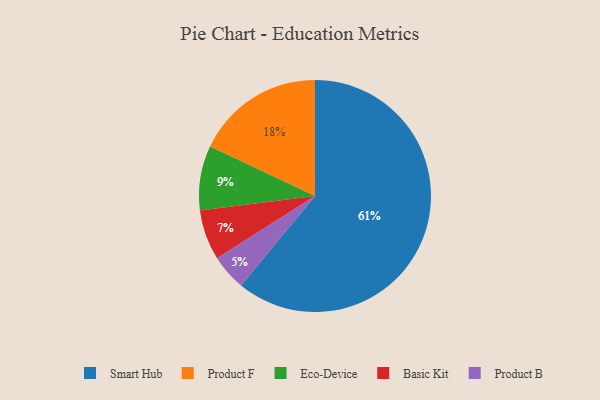
{"axis": {"x": "Category", "y": "Percentage"}, "legend": ["Basic Kit", "Eco-Device", "Product B", "Product F", "Smart Hub"], "data": [{"x": "Product B", "y": 5, "type": "Product B"}, {"x": "Smart Hub", "y": 61, "type": "Smart Hub"}, {"x": "Product F", "y": 18, "type": "Product F"}, {"x": "Basic Kit", "y": 7, "type": "Basic Kit"}, {"x": "Eco-Device", "y": 9, "type": "Eco-Device"}]}